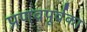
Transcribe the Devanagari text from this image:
प्रणवपूर्वका